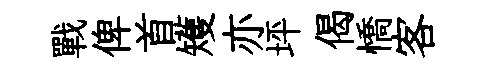
戰俾首矱亦坪偈憍客